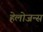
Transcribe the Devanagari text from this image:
हेलोजन्स